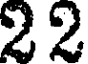
22